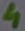
Text: 4